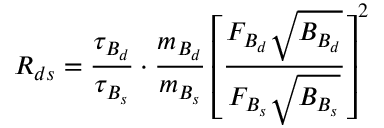
R _ { d s } = \frac { \tau _ { B _ { d } } } { \tau _ { B _ { s } } } \cdot \frac { m _ { B _ { d } } } { m _ { B _ { s } } } \left[ \frac { F _ { B _ { d } } \sqrt { B _ { B _ { d } } } } { F _ { B _ { s } } \sqrt { B _ { B _ { s } } } } \right] ^ { 2 }